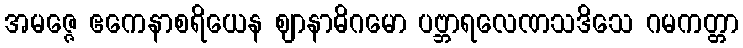
အမဇ္ဇေ ဧကေနာစရိယေန ဈာနာဓိဂမော ပဗ္ဘာရလေဏသဒိသေ ဂမကတ္တာ